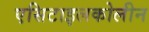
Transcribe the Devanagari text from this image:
एसिटाइलकोलीन